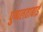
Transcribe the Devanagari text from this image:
पुष्पलताबाई